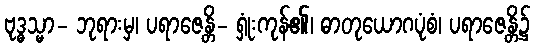
ဗုဒ္ဓသ္မာ- ဘုရားမှ၊ ပရာဇေန္တိ- ရှုံးကုန်၏၊ ဓာတုယောဂပုံစံ၊ ပရာဇေန္တိ၌